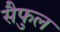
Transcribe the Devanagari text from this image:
सैफुल